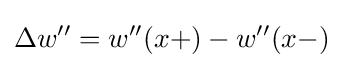
\Delta w''=w''(x+)-w''(x-)